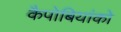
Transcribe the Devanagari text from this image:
कैपोबियांको